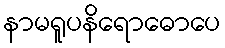
နာမရူပနိရောဓောပေ